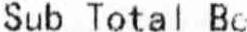
SUB TOTAL BE